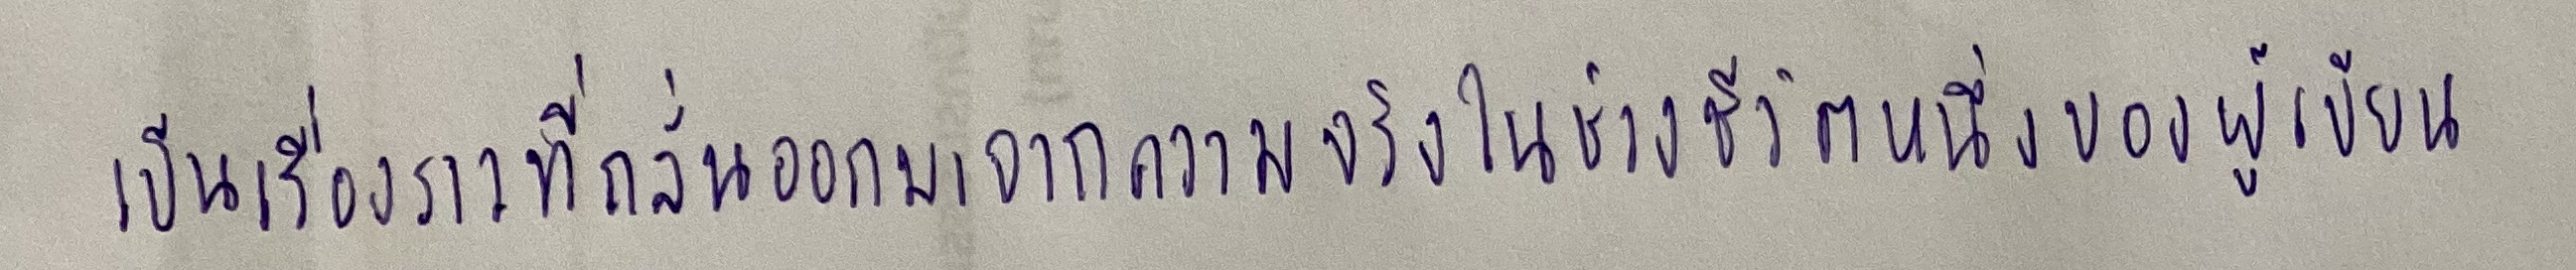
เป็นเรื่องราวที่กลั่นออกมาจากความจริงในช่วงชีวิตหนึ่งของผู้เขียน